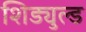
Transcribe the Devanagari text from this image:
शिड्युल्ड